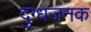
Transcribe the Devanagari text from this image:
दुग्धजनक